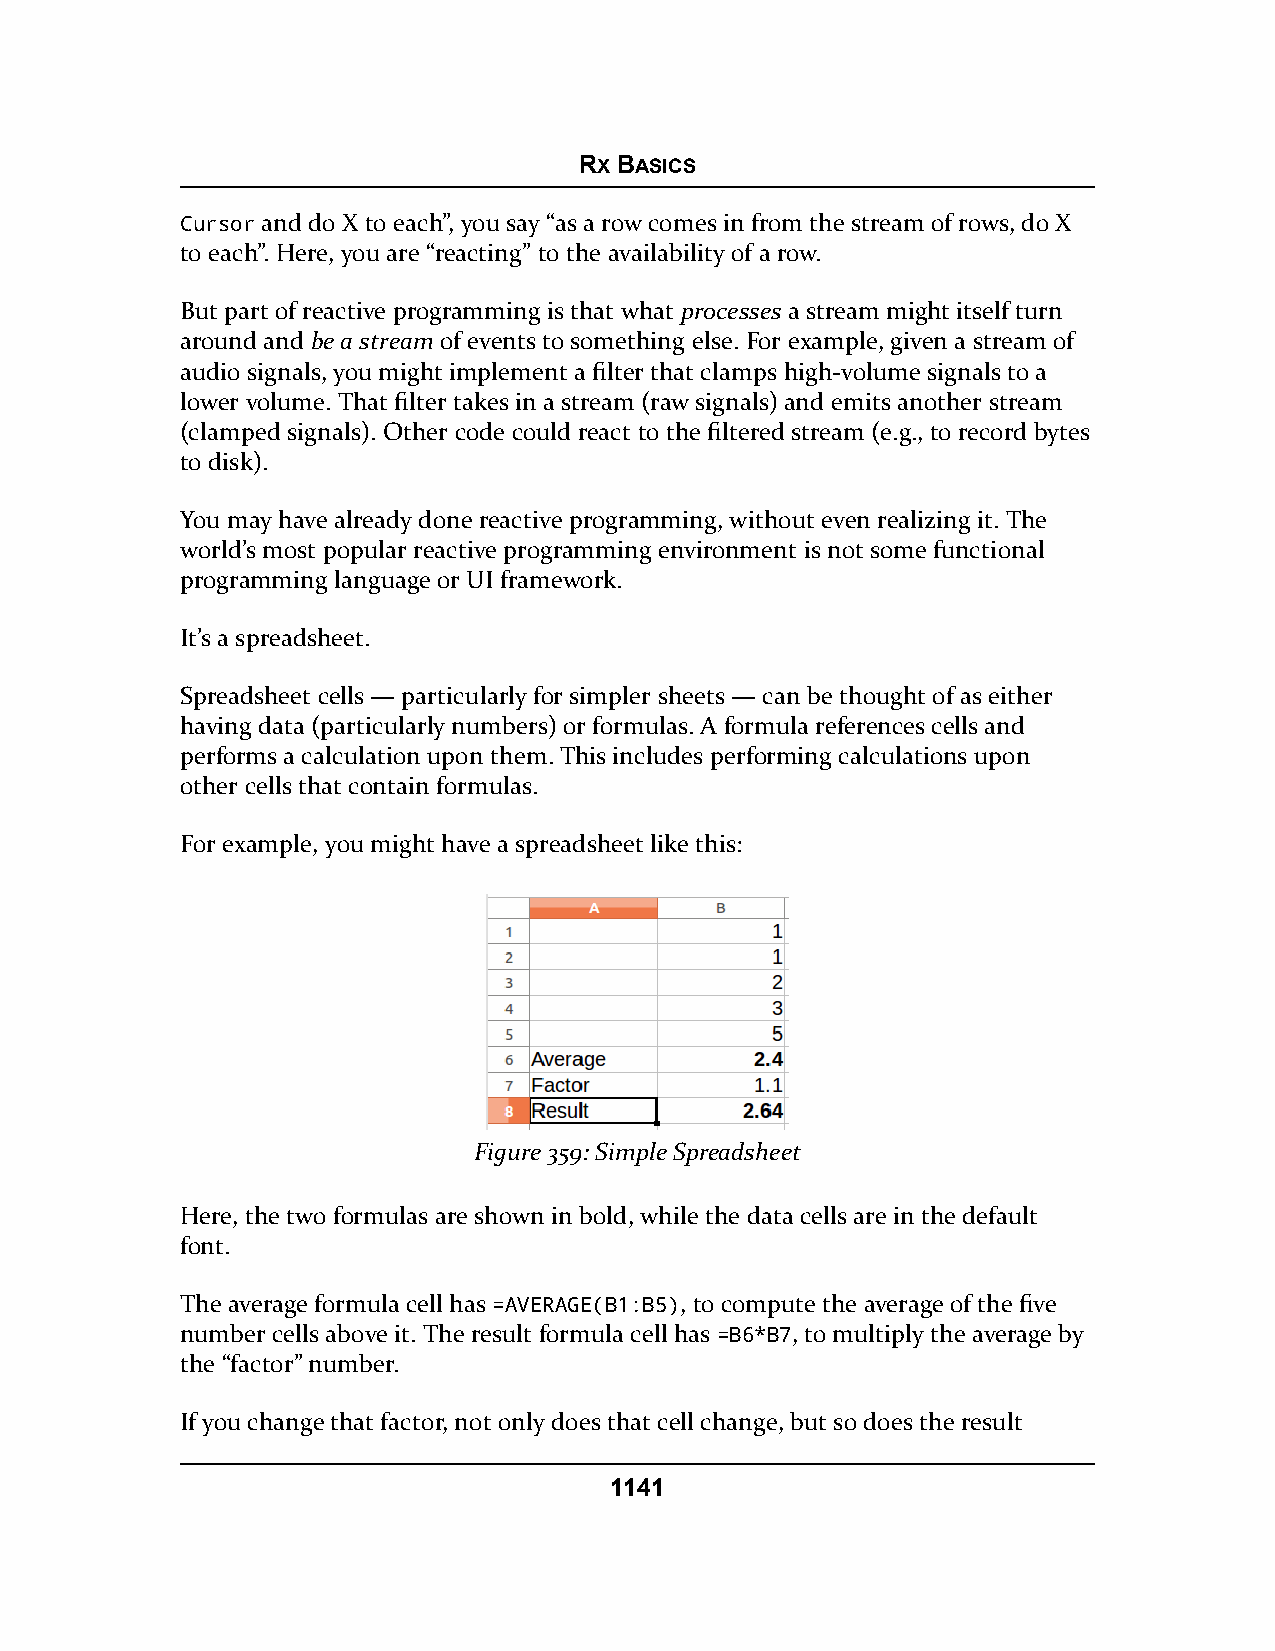
RX BASICS
 Cursor and do X to each”, you say “as a row comes in from the stream of rows, do X
 to each”. Here, you are “reacting” to the availability of a row.
 But part of reactive programming is that what processes a stream might itself turn
 around and be a stream of events to something else. For example, given a stream of
 audio signals, you might implement a filter that clamps high-volume signals to a
 lower volume. That filter takes in a stream (raw signals) and emits another stream
 (clamped signals). Other code could react to the filtered stream (e.g., to record bytes
 to disk).
 You may have already done reactive programming, without even realizing it. The
 world’s most popular reactive programming environment is not some functional
 programming language or UI framework.
 It’s a spreadsheet.
 Spreadsheet cells — particularly for simpler sheets — can be thought of as either
 having data (particularly numbers) or formulas. A formula references cells and
 performs a calculation upon them. This includes performing calculations upon
 other cells that contain formulas.
 For example, you might have a spreadsheet like this:
 Figure 359: Simple Spreadsheet
 Here, the two formulas are shown in bold, while the data cells are in the default
 font.
 The average formula cell has =AVERAGE(B1:B5), to compute the average of the five
 number cells above it. The result formula cell has =B6*B7, to multiply the average by
 the “factor” number.
 If you change that factor, not only does that cell change, but so does the result
 1141